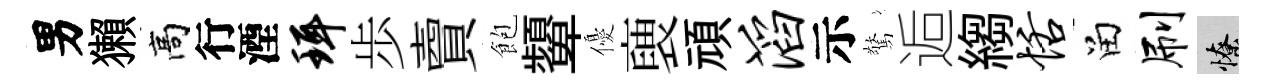
男獺高行湮珥歩𧶠飽顰優褏頑滔示驚逅縐恬留刷憭